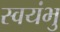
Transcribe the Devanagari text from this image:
स्‍वयंभु